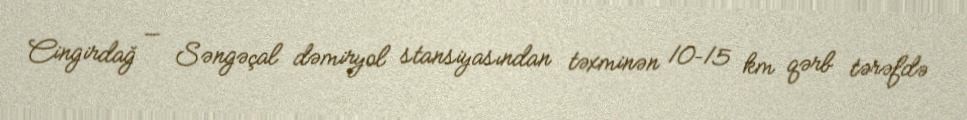
Cingirdağ — Səngəçal dəmiryol stansiyasından təxminən 10–15 km qərb tərəfdə